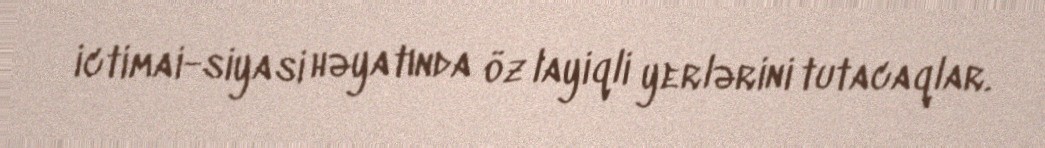
ictimai-siyasi həyatında öz layiqli yerlərini tutacaqlar.